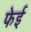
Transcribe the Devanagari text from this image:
फेई